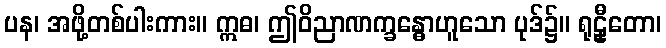
ပန၊ အဖို့တစ်ပါးကား။ ဣဓ၊ ဤဝိညာဏက္ခန္ဓောဟူသော ပုဒ်၌။ ရုဠှီတော၊